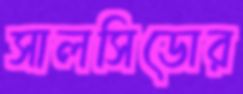
সালসিডোর